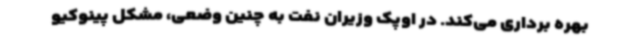
بهره برداری می‌کند. در اوپک وزیران نفت به چنین وضعی، مشکل پینوکیو